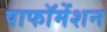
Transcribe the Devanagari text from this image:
पाफॉमेंशन